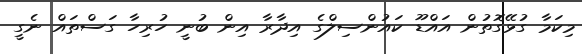
މިކަމާ ގުޅޭގޮތުން އައްޑޫ ކައުންސިލްގެ އިދާރާ އިން ބުނީ ހުރިހާ ގަސްތައް ނެގީ